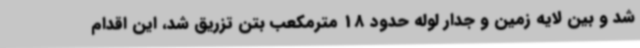
شد و بین لایه زمین و جدار لوله حدود 18 مترمکعب بتن تزریق شد، این اقدام